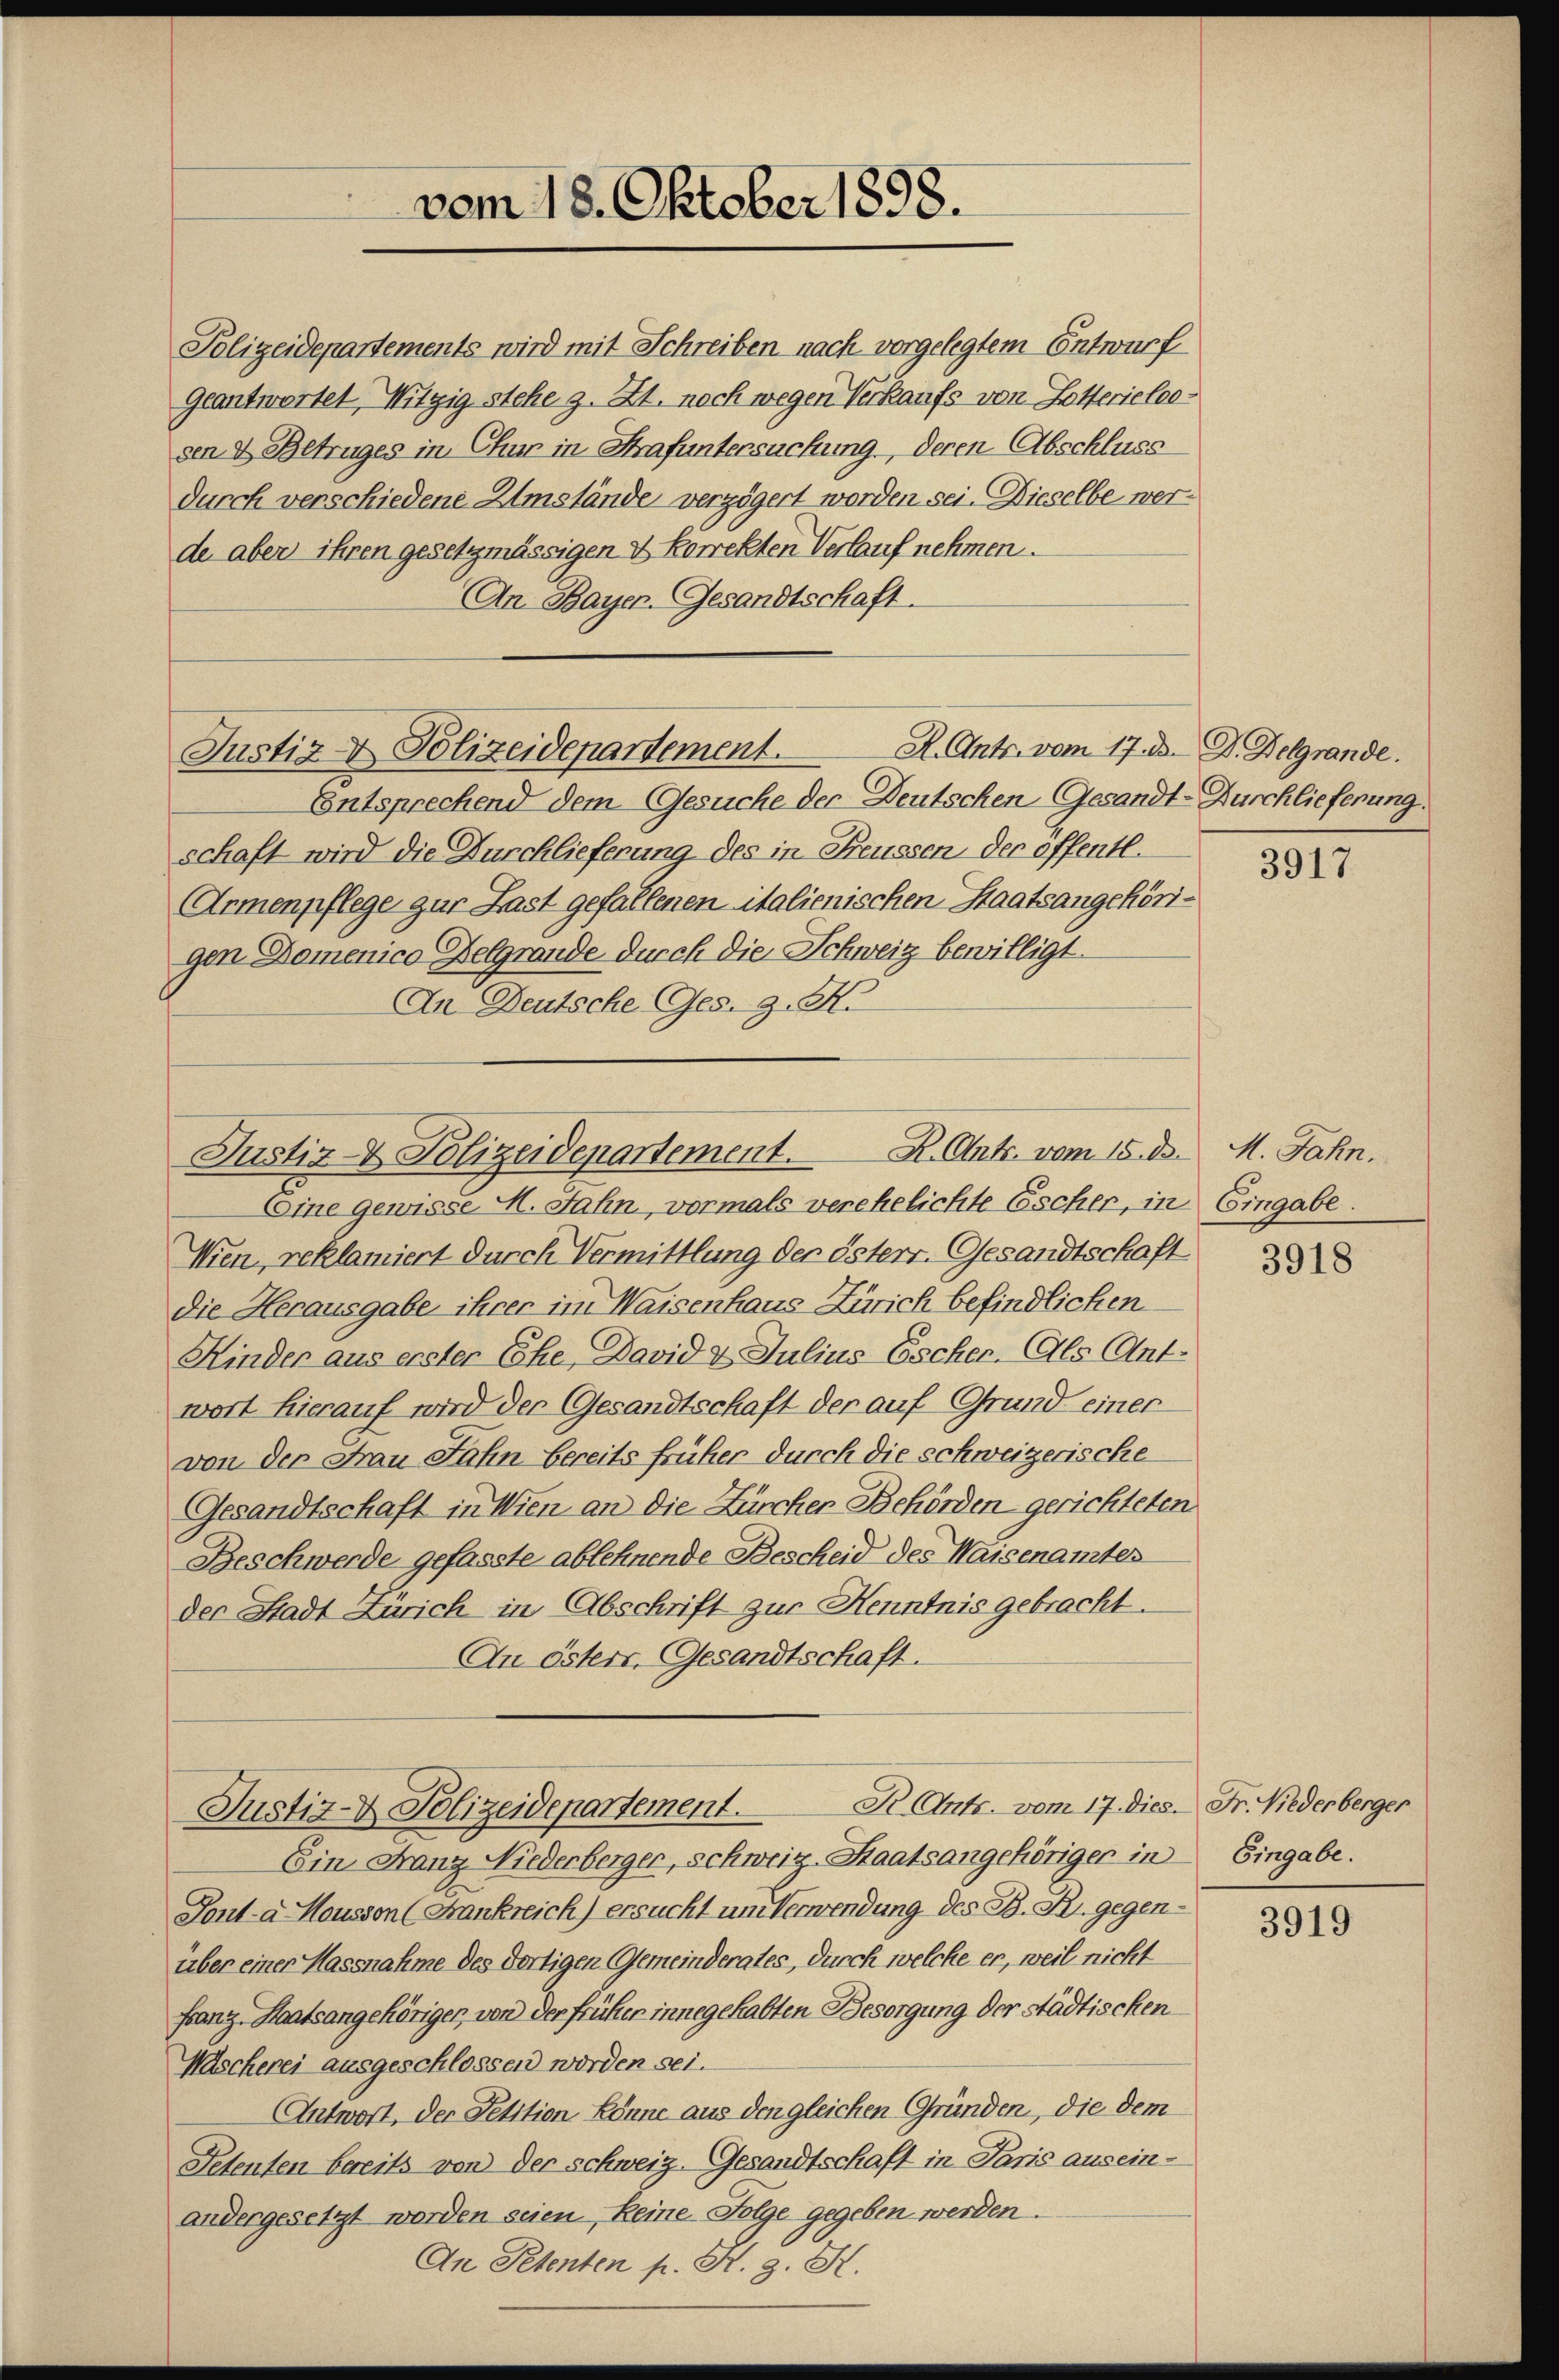
Polizeidepartements wird mit Schreiben nach vorgelegtem Entwurf
geantwortet, Witzig stehe z. Zt. noch wegen Verkaufs von Lotterieloesen & Betruges in Chur in Strafuntersuchung, deren Abschluss
durch verschiedene Umstände verzögert worden sei. Dieselbe werde aber ihren gesetzmässigen & Korrekten Verlauf nehmen.
An Bayen. Gesandtschaft.
R. Ants. vom 17. der D. Delgrande.
Justiz- & Polizeidepartement.
Entsprechend dem Gesuche der Deutschen Gesandt-Durchlieferung.
schaft wird die Durchlieferung des in Freussen der öffentl.
Armenpflege zur Last gefallenen italienischen Staatsangehörigen Domenico Belgrande durch die Schweiz bewilligt.
In Deutsche Ges. z. K.
R. Antr. vom 15. d. M. Jahn,
Eine gewisse M. Jahn, vormals verehelichte Escher, in Eingabe.
Wien, reklamiert durch Vermittlung der österr. Gesandtschaft
die Herausgabe ihrer im Waisenhaus Zürich befindlichen
Kinder aus erster Ehe, David 2. Julius Escher. Als Antwort hierauf wird der Gesandtschaft der auf Grund einer
von der Frau Jahn bereits früher durch die schweizerische
Gesandtschaft in Wien an die Zürcher Behörden gerichteten
Beschwerde gefasste ablehnende Bescheid des Waisenamtes
der Stadt Zürich in Abschrift zur Henntnis gebracht.
An Österr. Gesandtschaft.
Justiz- & Polizeidepartement. R. Ant. vom 17. dies. Fr. Niederberger
Ein Franz Niederberger, schweiz. Staatsangehöriger in Eingabe.
Tont-a Housson (Frankreich) ersucht und Verwendung des B. R. gegenüber einer Massnahme des dortigen Gemeinderates, durch welche er, weil nicht
Franz. Staatsangehöriger, von der früher innegehabten Besorgung der städtischen
Mascherei ausgeschlossen worden sei.
Antwort, der Petition könne aus den gleichen Gründen, die dem
Petenten bereits von der schweiz. Gesandtschaft in Paris aus einandergesetzt worden seien, keine Folge gegeben werden.
An Petenten p. H. z. S.

vom 18. Oktober 1898.

Justiz- & Polizeidepartement.

3917

3918

3919